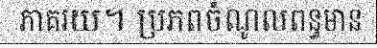
ភាគរយ។ ប្រភពចំណូលពន្ធមាន